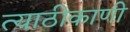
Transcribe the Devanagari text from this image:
त्याठीकाणी